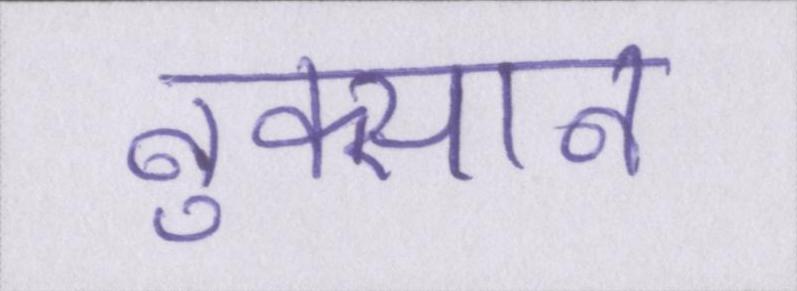
नुक्सान